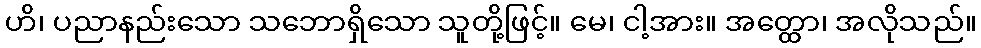
ဟိ၊ ပညာနည်းသော သဘောရှိသော သူတို့ဖြင့်။ မေ၊ ငါ့အား။ အတ္ထော၊ အလိုသည်။